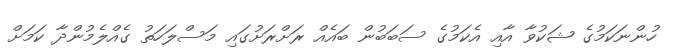
ހުންނަކަމުގެ ޝަކުވާ އާއި އެކަމުގެ ސަބަބުން ބައެއް ރަށްރަށުގައި މަސްލަހަތު ގެއްލެމުންދާ ކަމަށް